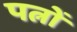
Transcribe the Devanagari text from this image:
पत्नों